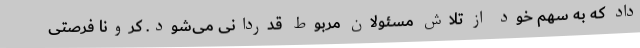
داد که به سهم خود از تلاش مسئولان مربوط قدردانی می‌شود. کرونا فرصتی